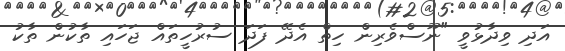
އަދި ވިދާޅުވީ "ނޫސްވެރިން ހިތް އެދޭ ފަދަ ސުރުހީތައް ޖަހައި ތާކުން ތާކު